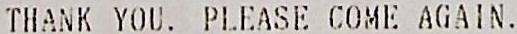
THANK YOU. PLEASE COME AGAIN.